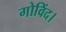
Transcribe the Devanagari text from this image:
गोविंद।